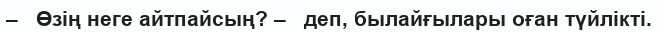
–   Өзің неге айтпайсың? –   деп, былайғылары оған түйлікті.